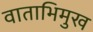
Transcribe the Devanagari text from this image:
वाताभिमुख